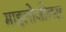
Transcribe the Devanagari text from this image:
माइलोजीनस